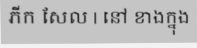
ភីក សែល | នៅ ខាងក្នុង